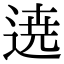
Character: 𮞚